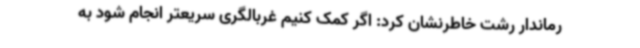
رماندار رشت خاطرنشان کرد: اگر کمک کنیم غربالگری سریعتر انجام شود به